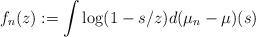
LaTeX: \begin{align*}f_n(z):=\int\log(1-s/z)d(\mu_n-\mu)(s)\end{align*}